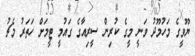
ޔޫވީގެ މަހުމޫދު ވަނީ މީގެ ކުރިން ސީރިއާގެ ގައުމީ ޓީމަށް ހަތަރު މެޗު